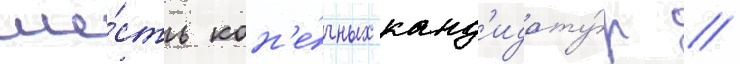
ше́сть кон'е́чных канд'идату́р //